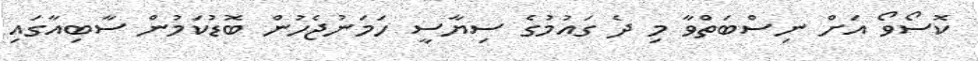
ކޮސޯވޯ އަށް ނިސްބަތްވާ މި ދެ ގައުމުގެ ސިޔާސީ ހަމަނުޖެހުން ބޮޑުކަމުން ސާބިއާގައި